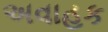
અવાહક